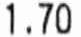
1.70